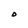
Character: O